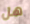
هل